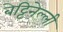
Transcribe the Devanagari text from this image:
बेट्टिनेल्ली